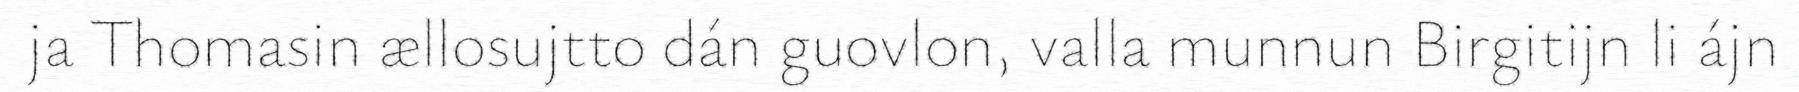
ja Thomasin ællosujtto dán guovlon, valla munnun Birgitijn li ájn